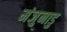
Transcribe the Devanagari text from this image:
मंजुनाडु